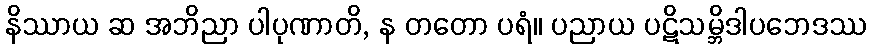
နိဿာယ ဆ အဘိညာ ပါပုဏာတိ, န တတော ပရံ။ ပညာယ ပဋိသမ္ဘိဒါပဘေဒဿ